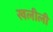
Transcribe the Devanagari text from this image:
खलीली